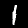
Label: 1